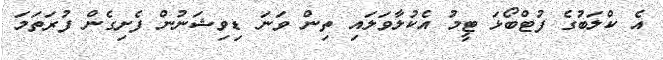
އެ ކްލަބުގެ ފުޓްބޯޅަ ޓީމު އެކުލާވަލައި ތިން ވަނަ ޑިވިޝަނުން ފެށިގެން ފުރަތަމަ